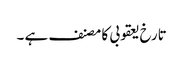
تارخ یعقوبی کا مصنف ہے ۔